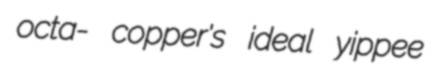
octa- copper's ideal yippee